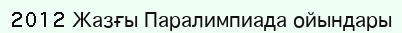
2012 Жазғы Паралимпиада ойындары